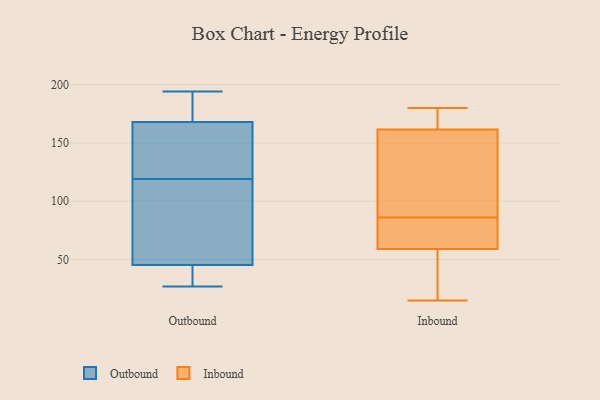
{"axis": {"x": "Gross Profit (USD K)", "y": "Value"}, "legend": ["Inbound", "Outbound"], "data": [{"x": "", "y": 175, "type": "Outbound"}, {"x": "", "y": 153, "type": "Outbound"}, {"x": "", "y": 88, "type": "Outbound"}, {"x": "", "y": 165, "type": "Outbound"}, {"x": "", "y": 38, "type": "Outbound"}, {"x": "", "y": 27, "type": "Outbound"}, {"x": "", "y": 27, "type": "Outbound"}, {"x": "", "y": 49, "type": "Outbound"}, {"x": "", "y": 33, "type": "Outbound"}, {"x": "", "y": 44, "type": "Outbound"}, {"x": "", "y": 119, "type": "Outbound"}, {"x": "", "y": 149, "type": "Outbound"}, {"x": "", "y": 177, "type": "Outbound"}, {"x": "", "y": 174, "type": "Outbound"}, {"x": "", "y": 161, "type": "Outbound"}, {"x": "", "y": 194, "type": "Outbound"}, {"x": "", "y": 169, "type": "Outbound"}, {"x": "", "y": 79, "type": "Outbound"}, {"x": "", "y": 110, "type": "Outbound"}, {"x": "", "y": 83, "type": "Inbound"}, {"x": "", "y": 164, "type": "Inbound"}, {"x": "", "y": 74, "type": "Inbound"}, {"x": "", "y": 87, "type": "Inbound"}, {"x": "", "y": 31, "type": "Inbound"}, {"x": "", "y": 119, "type": "Inbound"}, {"x": "", "y": 180, "type": "Inbound"}, {"x": "", "y": 90, "type": "Inbound"}, {"x": "", "y": 172, "type": "Inbound"}, {"x": "", "y": 159, "type": "Inbound"}, {"x": "", "y": 85, "type": "Inbound"}, {"x": "", "y": 177, "type": "Inbound"}, {"x": "", "y": 15, "type": "Inbound"}, {"x": "", "y": 23, "type": "Inbound"}, {"x": "", "y": 70, "type": "Inbound"}, {"x": "", "y": 48, "type": "Inbound"}]}